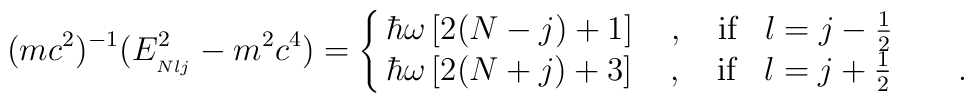
(mc^2)^{-1} (E_{_{Nlj}}^2 - m^2 c^4) =\cases{\hbar \omega \left [ 2(N-j)+1 \right ]\quad,\quad\mbox{if}\,\,\,\,\, l=j-{1\over 2}&\cr \hbar \omega \left [ 2(N+j)+3\right ]\quad,\quad  \mbox{if}\,\,\,\,\, l=j+{1\over 2}&\quad.\cr}